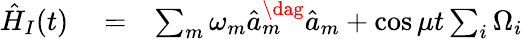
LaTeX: \begin{array}{rlr}{\hat{H}_{I}(t)}&{{}=}&{\sum_{m}\omega_{m}\hat{a}_{m}^{\dag}\hat{a}_{m}+\cos\mu t\sum_{i}\Omega_{i}}\end{array}